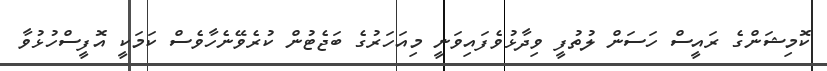
ކޮމިޝަންގެ ރައީސް ހަސަން ލުތުފީ ވިދާޅުވެފައިވަނީ މިއަހަރުގެ ބަޖެޓުން ކުރެވޭނެހާވެސް ކަމަކީ އޮފީސްހުޅުވާ